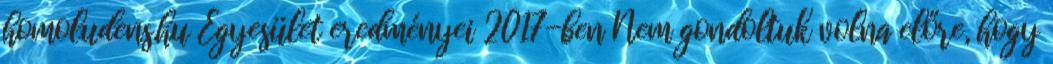
homoludens.hu Egyesület eredményei 2017-ben Nem gondoltuk volna előre, hogy